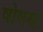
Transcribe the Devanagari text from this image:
षोषण